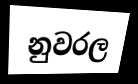
නුවරල